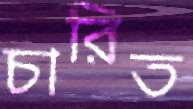
চারিত